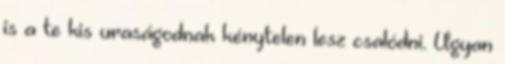
is a te kis uraságodnak kénytelen lesz csalódni. Ugyan